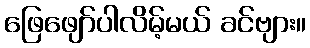
ဖြေဖျော်ပါလိမ့်မယ် ခင်ဗျား။